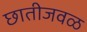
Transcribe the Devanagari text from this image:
छातीजवळ